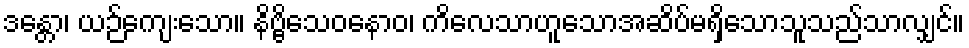
ဒန္တော၊ ယဉ်ကျေးသော။ နိဗ္ဗိသေဝနောဝ၊ ကိလေသာဟူသောအဆိပ်မရှိသောသူသည်သာလျှင်။